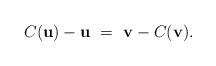
LaTeX: \begin{align*}C(\mathbf{u}) - \mathbf{u}\ =\ \mathbf{v} - C(\mathbf{v}).\end{align*}